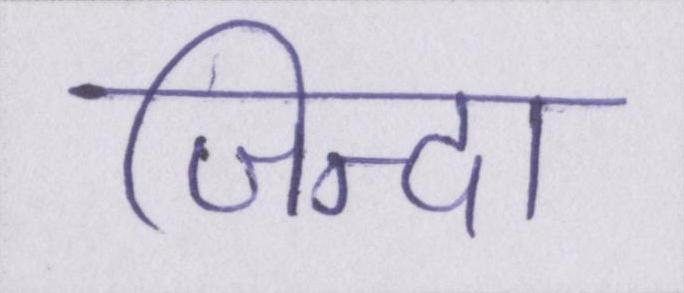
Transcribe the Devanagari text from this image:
जिन्दा